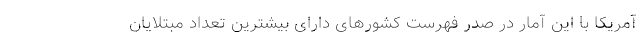
آمریکا با این آمار در صدر فهرست کشورهای دارای بیشترین تعداد مبتلایان